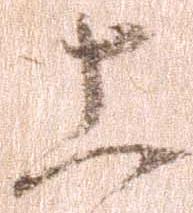
上